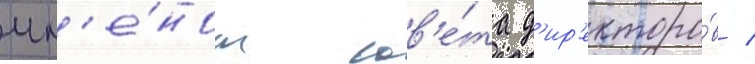
чл'е́ном сов'е́та д'ир'екторо́в /